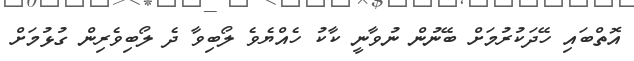
އޮތްބައި ހޭދަކުރުމަށް ބޭނުން ނުވާނީ ކާކު ހެއްޔެވެ ލޯބިވާ ދެ ލޯބިވެރިން ގުޅުމަށް